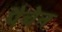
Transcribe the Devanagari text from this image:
पैचेन